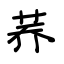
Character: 荞